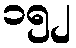
၁၅၂